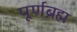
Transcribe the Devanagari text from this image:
पूर्णब्रह्म